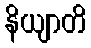
နိယျာတိ